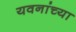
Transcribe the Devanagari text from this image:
यवनांच्या